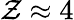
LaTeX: \mathcal{Z}\approx4